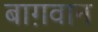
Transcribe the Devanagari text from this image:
बाग़वान